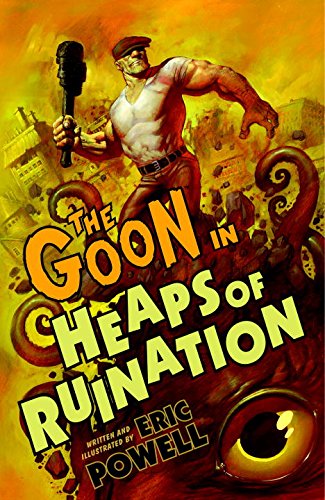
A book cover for The Goon: Volume 3: Heaps of Ruination (2nd edition) (Goon (Graphic Novels)); Eric Powell; Comics & Graphic Novels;